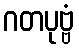
ဂတပုဗ္ဗံ